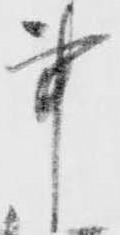
事